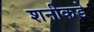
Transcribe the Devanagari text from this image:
शनीकडे